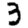
Digit: 3